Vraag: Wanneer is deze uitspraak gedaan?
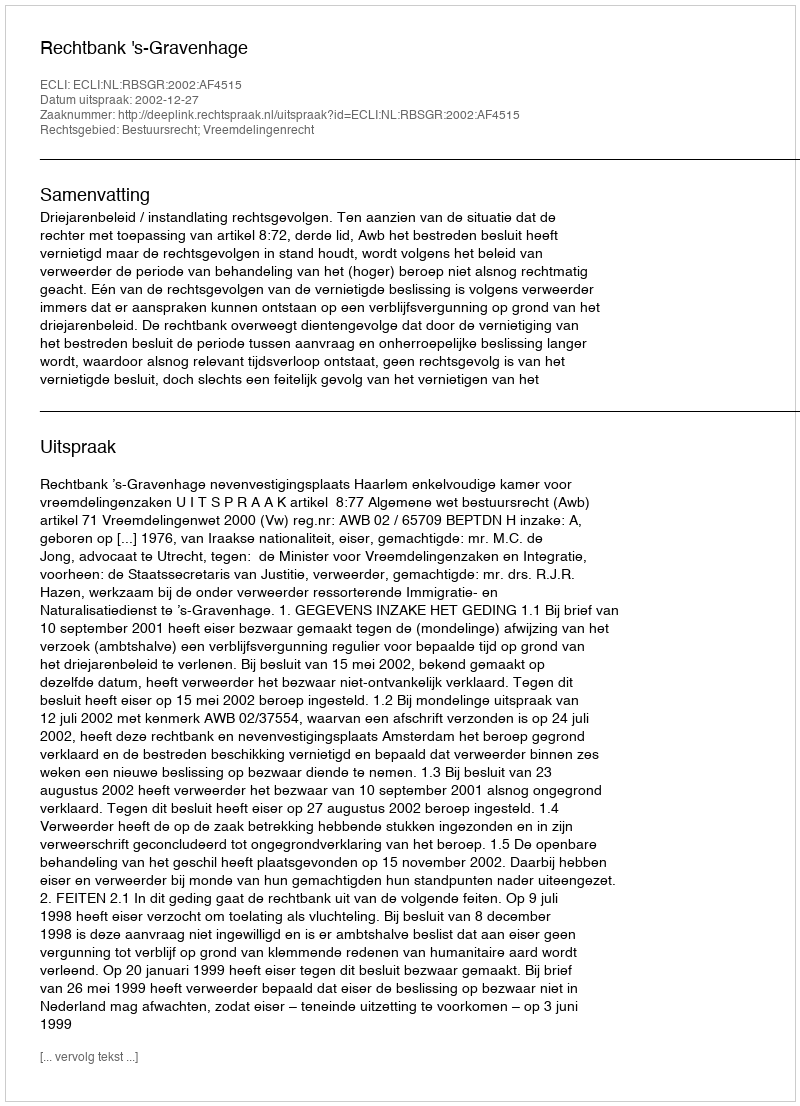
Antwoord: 2002-12-27